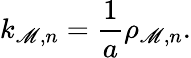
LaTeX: k_{\mathscr{M},n}={\frac{{1}}{{a}}}\rho_{\mathscr{M},n}.